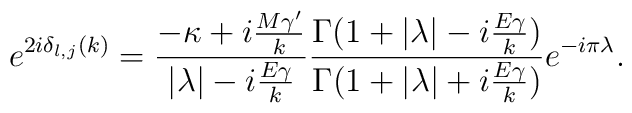
e^{2i\delta_{l,j}(k)}= {{-\kappa+i{M{\gamma}'\over k}}\over {|\lambda|-i{E\gamma\over k}}}{\Gamma(1+|\lambda|-i{E\gamma\over k})\over \Gamma(1+|\lambda|+i{E\gamma\over k})}e^{-i\pi\lambda}.